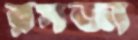
রসজ্ঞা